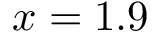
x = 1 . 9